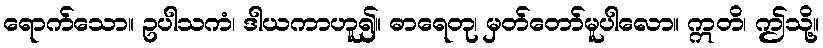
ရောက်သော။ ဥပါသကံ၊ ဒါယကာဟူ၍။ ဓာရေတု၊ မှတ်တော်မူပါလော။ ဣတိ၊ ဤသို့။